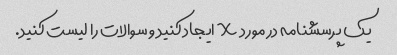
یک پرسشنامه در مورد X ایجاد کنید و سوالات را لیست کنید.